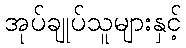
အုပ်ချုပ်သူများနှင့်